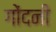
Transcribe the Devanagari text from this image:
गोंदनी